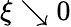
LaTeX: \xi\searrow 0